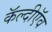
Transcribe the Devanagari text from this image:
कॅल्दीऍव